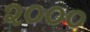
૨૦૦૦